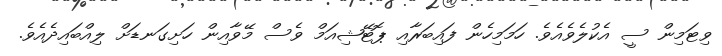
ވިޓަމިން ސީ އެކުލެވެއެވެ. ހަމަމިހެން ފައިބަރާއި ޕޮޓޭޝިއަމް ވެސް މޭވާއިން ހަށިގަނޑަށް ލިއްބައިދެއެވެ.